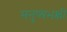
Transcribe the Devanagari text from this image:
मनुष्यभक्षी